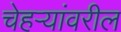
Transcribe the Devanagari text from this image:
चेहऱ्यांवरील